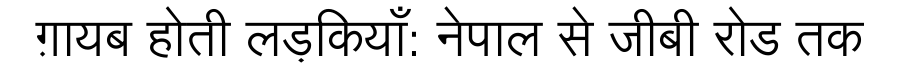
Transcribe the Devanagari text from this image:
ग़ायब होती लड़कियाँ: नेपाल से जीबी रोड तक